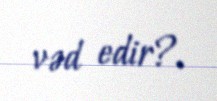
vəd edir?.